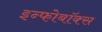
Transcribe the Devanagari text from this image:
इन्फोबॉक्स